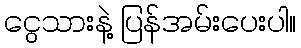
ငွေသားနဲ့ ပြန်အမ်းပေးပါ။